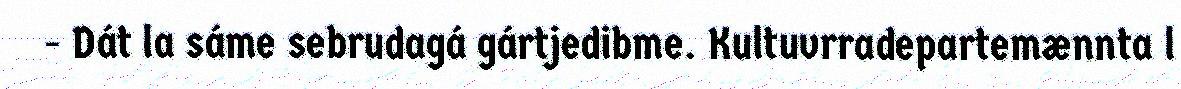
- Dát la sáme sebrudagá gártjedibme. Kultuvrradepartemænnta l